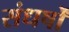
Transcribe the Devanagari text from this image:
संधर्षों